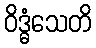
ဝိဒ္ဓံသေတိ